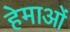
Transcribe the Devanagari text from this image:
हेमाओं